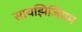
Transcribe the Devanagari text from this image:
सायझिजियम